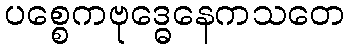
ပစ္စေကဗုဒ္ဓေနေကသတေ